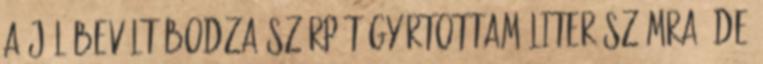
a jól bevált bodza szörpöt gyártottam liter számra, de